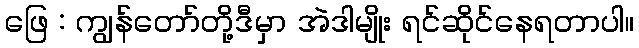
ဖြေ : ကျွန်တော်တို့ဒီမှာ အဲဒါမျိုး ရင်ဆိုင်နေရတာပါ။